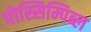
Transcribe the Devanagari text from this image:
पोस्सिम्पिब्ल